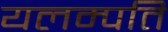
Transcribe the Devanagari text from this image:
यलम्पति